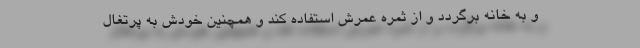
و به خانه برگردد و از ثمره عمرش استفاده کند و همچنین خودش به پرتغال